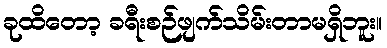
ခုထိတော့ ခရီးစဉ်ဖျက်သိမ်းတာမရှိဘူး။